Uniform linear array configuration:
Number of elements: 24
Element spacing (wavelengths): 0.25
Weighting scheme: hann
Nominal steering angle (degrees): -45
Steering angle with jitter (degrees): -46.334
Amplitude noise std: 0.05
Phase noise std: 0.05

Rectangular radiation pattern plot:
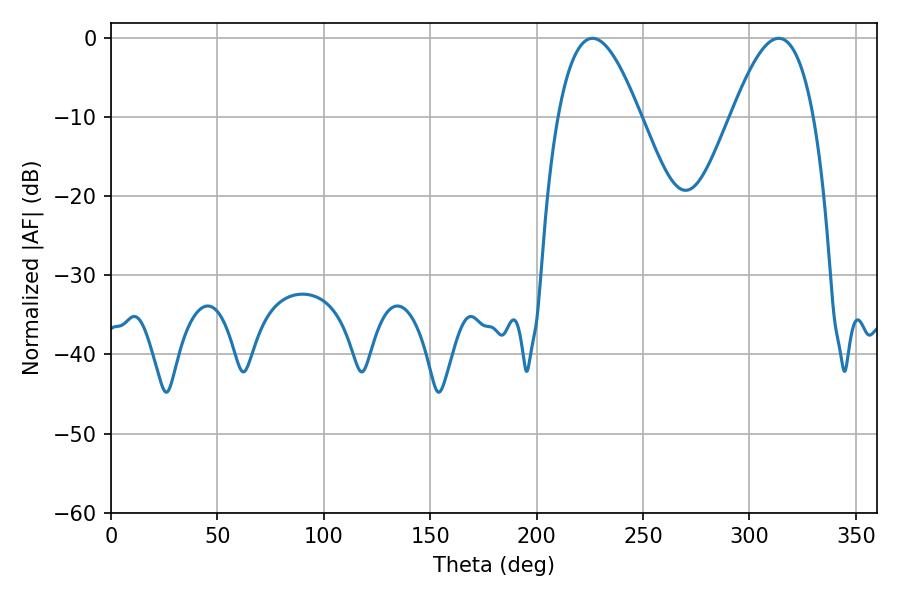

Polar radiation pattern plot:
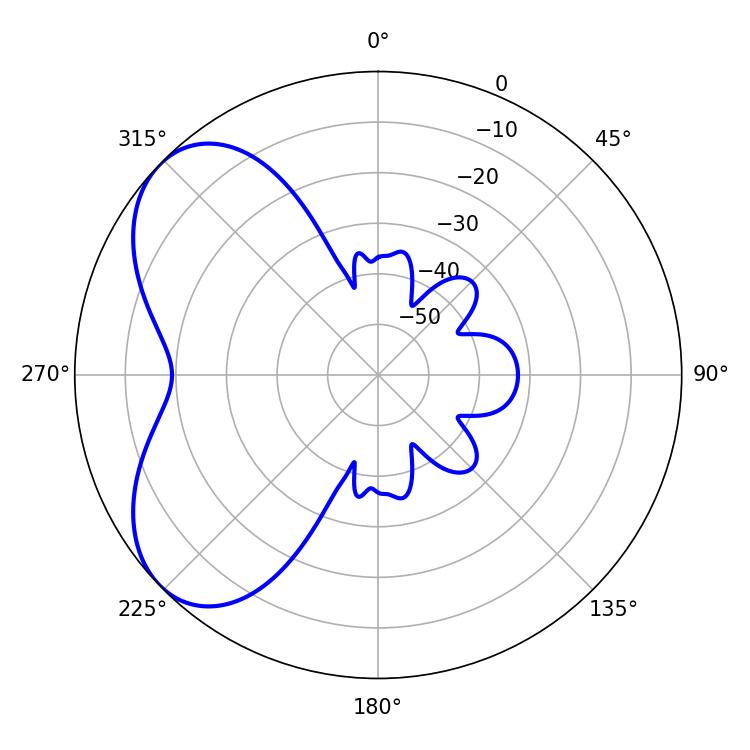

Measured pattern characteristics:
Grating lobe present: FALSE
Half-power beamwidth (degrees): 21.06
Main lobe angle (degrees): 226.26